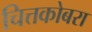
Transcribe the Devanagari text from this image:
चित्तकोबरा